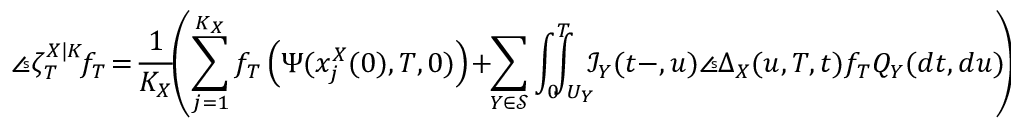
\angles { \zeta _ { T } ^ { X | K } \! } { f _ { T } } \! = \! \frac { 1 } { K _ { X } } \! \! \left( \sum _ { j = 1 } ^ { K _ { X } } f _ { T } \left( \Psi ( x _ { j } ^ { X } ( 0 ) , T , 0 ) \right) \! + \! \! \sum _ { Y \in \mathcal { S } } \int _ { 0 } ^ { T } \! \! \! \! \! \int _ { U _ { Y } } \! \! \! \mathcal { I } _ { Y } ( t - , u ) \angles { \Delta _ { X } ( u , T , t ) } { f _ { T } } Q _ { Y } ( d t , d u ) \! \! \right) \! \! .